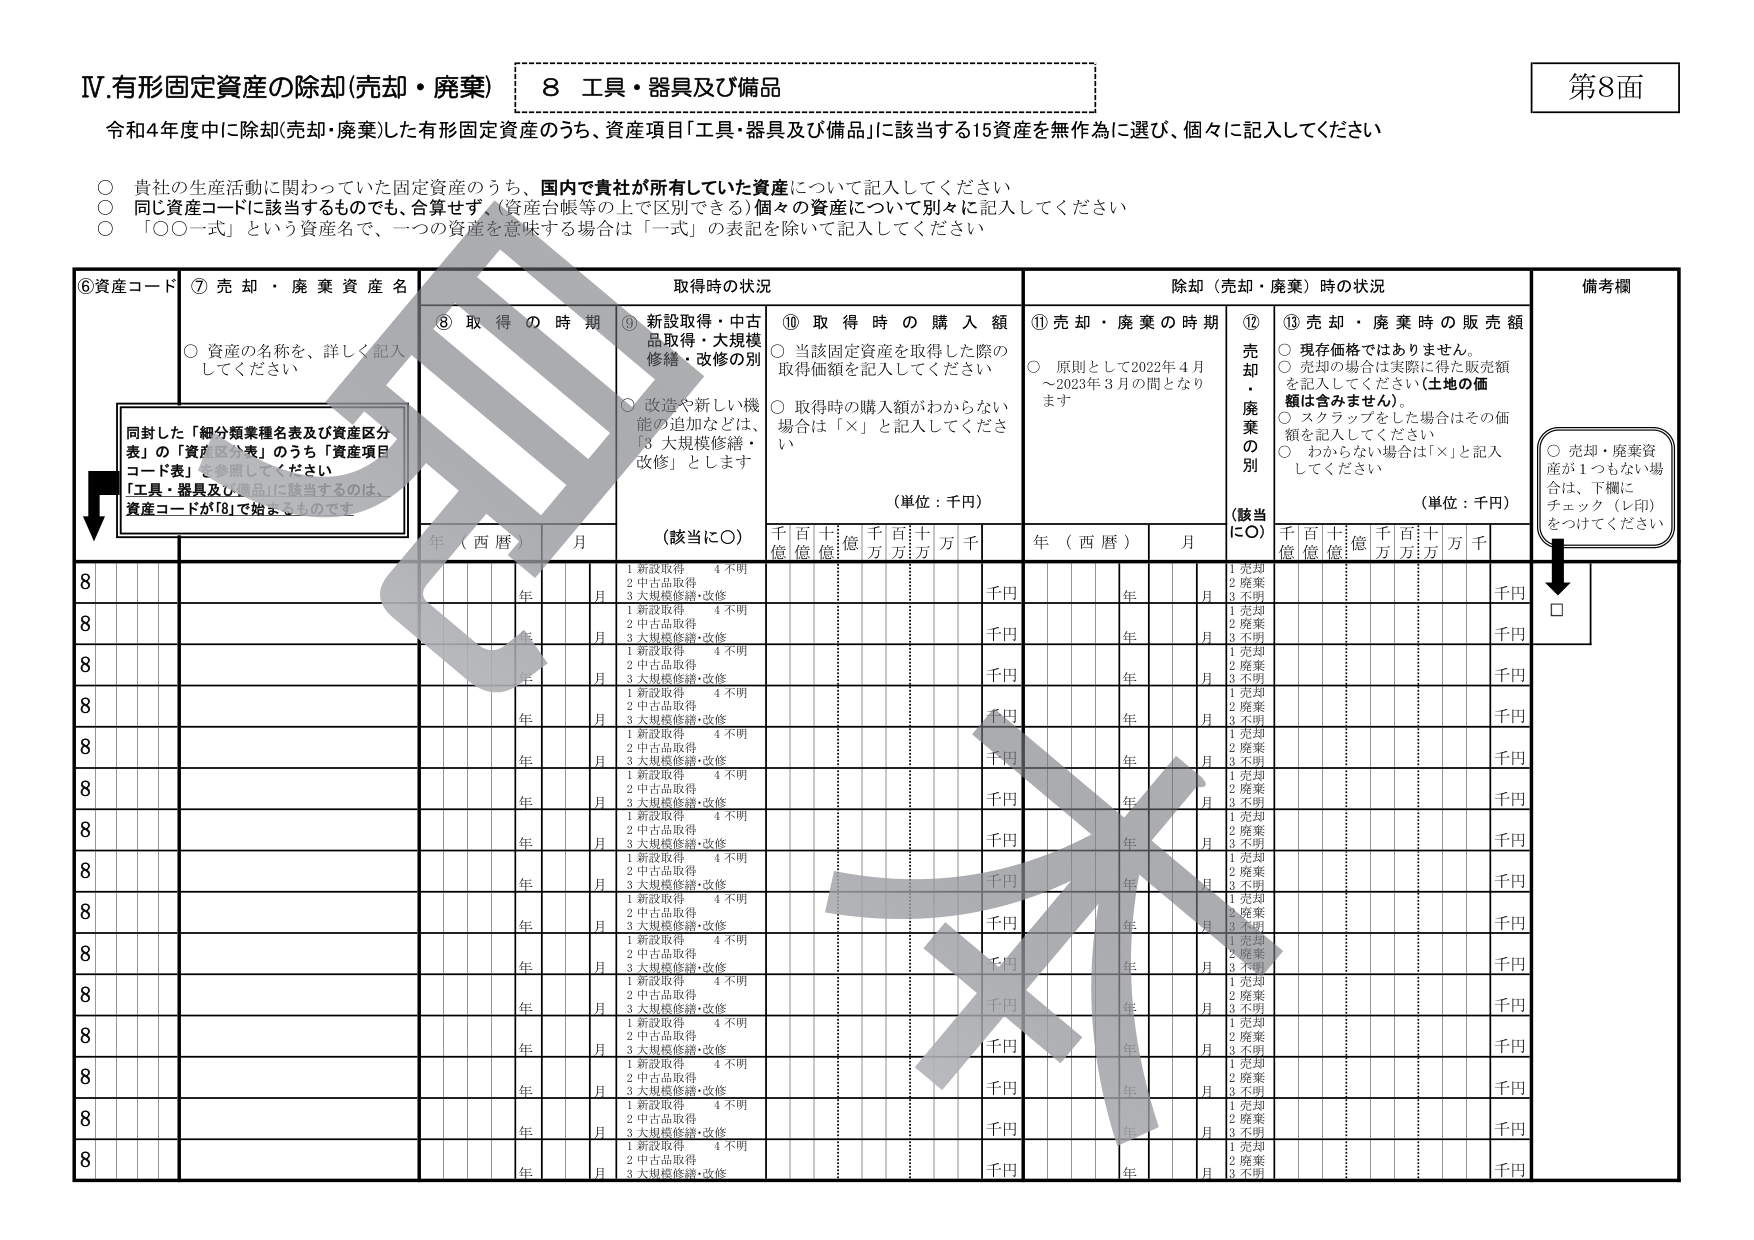
IV.有形固定資産の除却(売却・廃棄) 8 工具・器具及び備品 第8面
令和4年度中に除却(売却・廃棄)した有形固定資産のうち、資産項目「工具・器具及び備品」に該当する15資産を無作為に選び、個々に記入してください
○ 貴社の生産活動に関わっていた固定資産のうち、国内で貴社が所有していた資産について記入してください
○ 同じ資産コードに該当するものでも、合算せず、(資産台帳等の上で区別できる)個々の資産について別々に記入してください
○ 「○○一式」という資産名で、一つの資産を意味する場合は「一式」の表記を除いて記入してください
⑥資産コード ⑦ 売 却 ・ 廃 棄 資 産 名 取得時の状況 除却（売却・廃棄）時の状況 備考欄
○ 資産の名称を、詳しく記入してください
⑧ 取 得 の 時 期 ⑨ 新設取得・中古品取得・大規模修繕・改修の別 ⑩ 取 得 時 の 購 入 額 ⑪ 売 却 ・ 廃 棄 の 時 期 ⑫ 売 却 ・ 廃 棄 の 別 ⑬ 売 却 ・ 廃 棄 時 の 販 売 額
○ 当該固定資産を取得した際の取得価額を記入してください
○ 取得時の購入額がわからない場合は「×」と記入してください
○ 原則として2022年4月～2023年3月の間となり
○ 現存価格ではありません。
○ 売却の場合は実際に得た販売額を記入してください(土地の価額は含みません)。
○ スクラップをした場合はその価額を記入してください
○ わからない場合は「×」と記入してください
(単位：千円) (単位：千円)
年（西暦） 月 (該当に○) 千 百 十 億 億 億 千 百 十 万 万 万 千 年（西暦） 月 (該当に○) 千 百 十 億 億 億 千 百 十 万 万 万 千
同封した「細分類業種名表及び資産区分表」の「資産区分表」のうち「資産項目コード表」を参照してください
「工具・器具及び備品」に該当するのは、資産コードが「8」で始まるものです
8 年 月 1 新設取得 4 不明 千円 年 月 1 売却 2 廃棄 3 不明 千円
2 中古品取得
3 大規模修繕・改修
8 年 月 1 新設取得 4 不明 千円 年 月 1 売却 2 廃棄 3 不明 千円
2 中古品取得
3 大規模修繕・改修
8 年 月 1 新設取得 4 不明 千円 年 月 1 売却 2 廃棄 3 不明 千円
2 中古品取得
3 大規模修繕・改修
8 年 月 1 新設取得 4 不明 千円 年 月 1 売却 2 廃棄 3 不明 千円
2 中古品取得
3 大規模修繕・改修
8 年 月 1 新設取得 4 不明 千円 年 月 1 売却 2 廃棄 3 不明 千円
2 中古品取得
3 大規模修繕・改修
8 年 月 1 新設取得 4 不明 千円 年 月 1 売却 2 廃棄 3 不明 千円
2 中古品取得
3 大規模修繕・改修
8 年 月 1 新設取得 4 不明 千円 年 月 1 売却 2 廃棄 3 不明 千円
2 中古品取得
3 大規模修繕・改修
8 年 月 1 新設取得 4 不明 千円 年 月 1 売却 2 廃棄 3 不明 千円
2 中古品取得
3 大規模修繕・改修
8 年 月 1 新設取得 4 不明 千円 年 月 1 売却 2 廃棄 3 不明 千円
2 中古品取得
3 大規模修繕・改修
8 年 月 1 新設取得 4 不明 千円 年 月 1 売却 2 廃棄 3 不明 千円
2 中古品取得
3 大規模修繕・改修
8 年 月 1 新設取得 4 不明 千円 年 月 1 売却 2 廃棄 3 不明 千円
2 中古品取得
3 大規模修繕・改修
8 年 月 1 新設取得 4 不明 千円 年 月 1 売却 2 廃棄 3 不明 千円
2 中古品取得
3 大規模修繕・改修
8 年 月 1 新設取得 4 不明 千円 年 月 1 売却 2 廃棄 3 不明 千円
2 中古品取得
3 大規模修繕・改修
8 年 月 1 新設取得 4 不明 千円 年 月 1 売却 2 廃棄 3 不明 千円
2 中古品取得
3 大規模修繕・改修
8 年 月 1 新設取得 4 不明 千円 年 月 1 売却 2 廃棄 3 不明 千円
2 中古品取得
3 大規模修繕・改修
8 年 月 1 新設取得 4 不明 千円 年 月 1 売却 2 廃棄 3 不明 千円
2 中古品取得
3 大規模修繕・改修
8 年 月 1 新設取得 4 不明 千円 年 月 1 売却 2 廃棄 3 不明 千円
2 中古品取得
3 大規模修繕・改修
8 年 月 1 新設取得 4 不明 千円 年 月 1 売却 2 廃棄 3 不明 千円
2 中古品取得
3 大規模修繕・改修
8 年 月 1 新設取得 4 不明 千円 年 月 1 売却 2 廃棄 3 不明 千円
2 中古品取得
3 大規模修繕・改修
○ 売却・廃棄資産が1つもない場合は、下欄にチェック（レ印）をつけてください